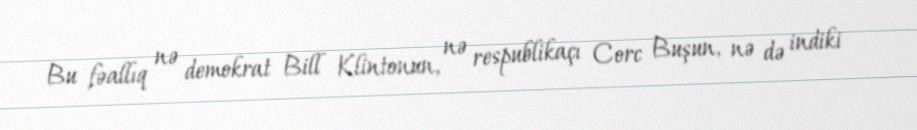
Bu fəallıq nə demokrat Bill Klintonun, nə respublikaçı Corc Buşun, nə də indiki